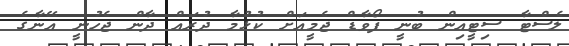
ލެސްޓާ ސިޓީއިން ބުނީ ފޯވާޑް ޖެމީއަށް ކުޅުމާ ދުރައް ދާން ޖެހުނީ އޭނާގެ